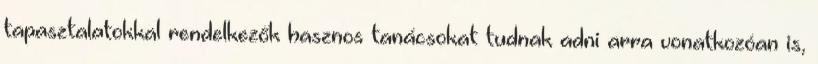
tapasztalatokkal rendelkezők hasznos tanácsokat tudnak adni arra vonatkozóan is,